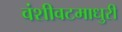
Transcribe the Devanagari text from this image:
वंशीवटमाधुरी